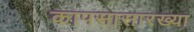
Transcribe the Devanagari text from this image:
कापसासारख्या